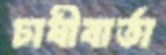
চাষীবার্তা